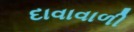
દાવાવાળી